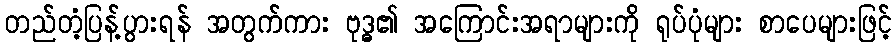
တည်တံ့ပြန့်ပွားရန် အတွက်ကား ဗုဒ္ဓ၏ အကြောင်းအရာများကို ရုပ်ပုံများ စာပေများဖြင့်